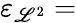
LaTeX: \varepsilon_{\mathscr{L}^{2}}=